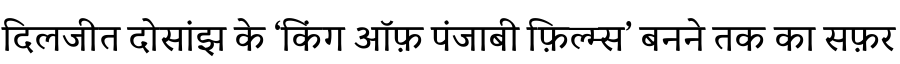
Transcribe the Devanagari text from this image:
दिलजीत दोसांझ के ‘किंग ऑफ़ पंजाबी फ़िल्म्स’ बनने तक का सफ़र